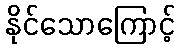
နိုင်သောကြောင့်